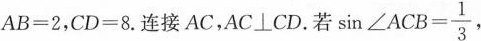
$$A B = 2$$，$$C D = 8$$.连接AC，AC \bot CD。若 $$\sin ∠ A C B = \frac { 1 } { 3 }$$，